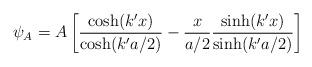
LaTeX: \begin{align*}\psi_{A}=A\left[\frac{\cosh(k'x)}{\cosh(k'a/2)}-\frac{x}{a/2}\frac{\sinh(k'x)}{\sinh(k'a/2)}\right]\end{align*}